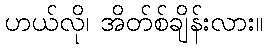
ဟယ်လို၊ အိတ်စ်ချိန်းလား။